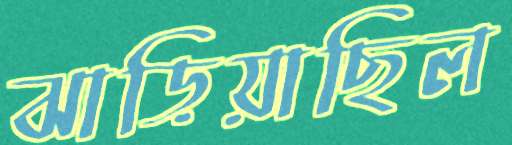
ঝাড়িয়াছিল